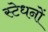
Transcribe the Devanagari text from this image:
स्टेधनों